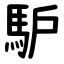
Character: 馿